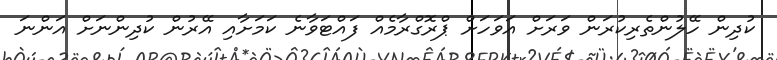
ކުދިން ހޭލުންތެރިކުރަން ވަރަށް އަވަހަށް ޕްރޮގްރާމެއް ފައްޓަވާނެ ކަމަށާއި އޭރުން ކުދިންނަށް އަންނަ